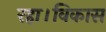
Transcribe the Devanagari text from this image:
रहा।विकास